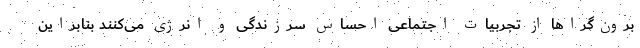
برون‌گرا‌ها از تجربیات اجتماعی احساس سرزندگی و انرژی می‌کنند بنابراین